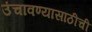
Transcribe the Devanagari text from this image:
उंचावण्यासाठीची